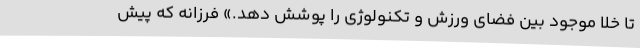
تا خلا موجود بین فضای ورزش و تکنولوژی را پوشش دهد.» فرزانه که پیش